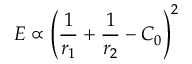
E \propto \left( \frac { 1 } { r _ { 1 } } + \frac { 1 } { r _ { 2 } } - C _ { 0 } \right) ^ { 2 }